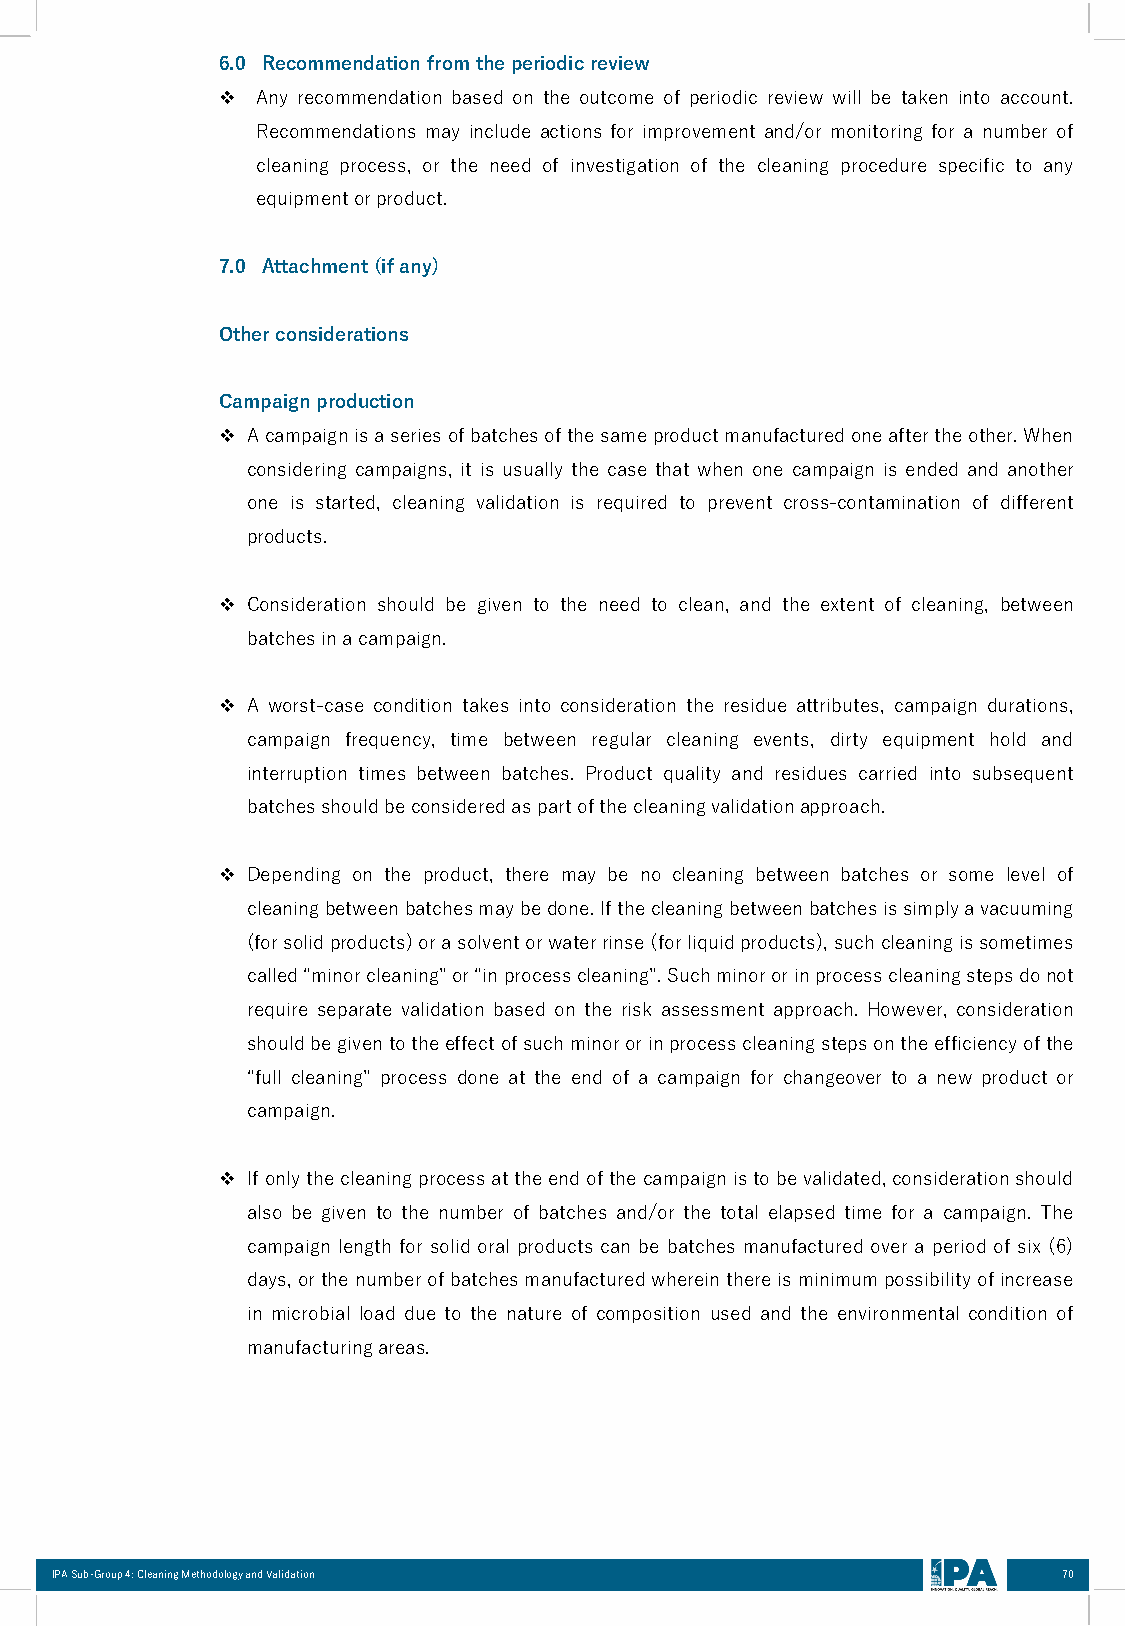
6.0 Recommendation fromtheperiodicreview
 ❖  Any recommendation based on the outcome of periodic review will be taken into account.
 Recommendations may include actions for improvement and/or monitoring for a number of
 cleaning process, or the need of investigation of the cleaning procedure specific to any
 equipmentorproduct.
 7.0 Attachment(ifany)
 Otherconsiderations
 Campaignproduction
 ❖ Acampaignisaseriesofbatchesofthesameproductmanufacturedoneaftertheother.When
 considering campaigns, it is usually the case that when one campaign is ended and another
 one is started, cleaning validation is required to prevent cross-contamination of different
 products.
 ❖ Consideration should be given to the need to clean, and the extent of cleaning, between
 batchesinacampaign.
 ❖ A worst-case condition takes into consideration the residue attributes, campaign durations,
 campaign frequency, time between regular cleaning events, dirty equipment hold and
 interruption times between batches. Product quality and residues carried into subsequent
 batchesshouldbeconsideredaspartofthecleaningvalidationapproach.
 ❖ Depending on the product, there may be no cleaning between batches or some level of
 cleaningbetweenbatchesmaybedone.Ifthecleaningbetweenbatchesissimplyavacuuming
 (forsolidproducts)orasolventorwaterrinse(forliquidproducts),suchcleaningissometimes
 called“minorcleaning”or“inprocesscleaning”.Suchminororinprocesscleaningstepsdonot
 require separate validation based on the risk assessment approach. However, consideration
 shouldbegiventotheeffectofsuchminororinprocesscleaningstepsontheefficiencyofthe
 “full cleaning” process done at the end of a campaign for changeover to a new product or
 campaign.
 ❖ Ifonlythecleaningprocessattheendofthecampaignistobevalidated,considerationshould
 also be given to the number of batches and/or the total elapsed time for a campaign. The
 campaign length for solid oral products can be batches manufactured over a period of six (6)
 days,orthenumberofbatchesmanufacturedwhereinthereisminimumpossibilityofincrease
 in microbial load due to the nature of composition used and the environmental condition of
 manufacturingareas.
 IPA Sub-Group 4: Cleaning Methodology and Validation               70